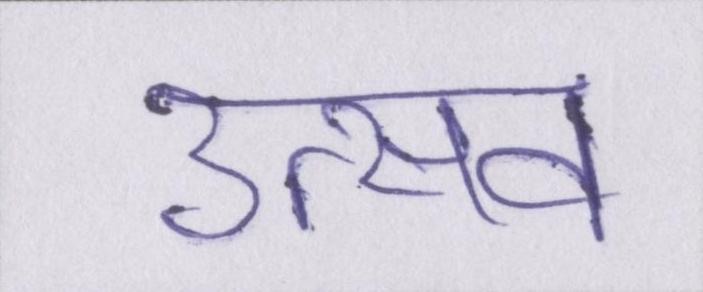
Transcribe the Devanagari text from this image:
उत्सव